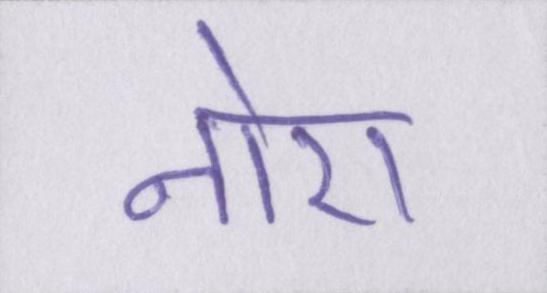
नोरा